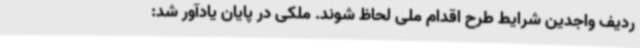
ردیف واجدین شرایط طرح اقدام ملی لحاظ شوند. ملکی در پایان یادآور شد: